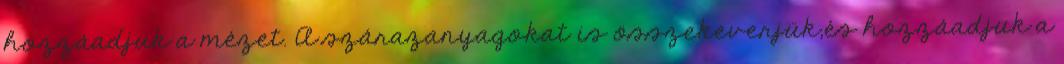
hozzáadjuk a mézet. A szárazanyagokat is összekeverjük,és hozzáadjuk a